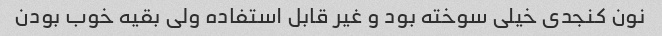
نون کنجدی خیلی سوخته بود و غیر قابل استفاده ولی بقیه خوب بودن